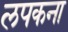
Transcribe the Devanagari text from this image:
लपकना